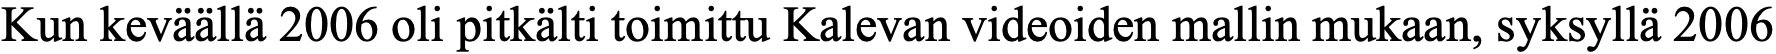
Kun keväällä 2006 oli pitkälti toimittu Kalevan videoiden mallin mukaan, syksyllä 2006